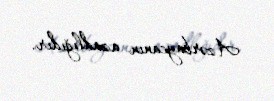
Azərbaycanın azadlığıdır.